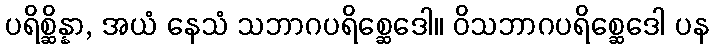
ပရိစ္ဆိန္နာ, အယံ နေသံ သဘာဂပရိစ္ဆေဒေါ။ ဝိသဘာဂပရိစ္ဆေဒေါ ပန